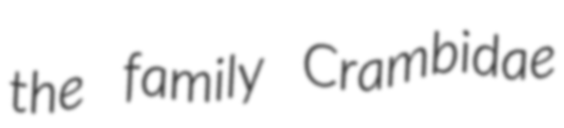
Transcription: the family Crambidae